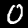
Label: 0